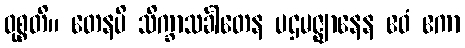
ဝုစ္စတိ။ တေနပိ သိက္ခာသင်္ခါတေန ပဌမဇ္ဈာနေန ဧဝံ ဧကာ